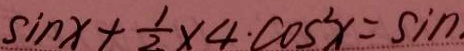
\sin x + \frac { 1 } { 2 } \times 4 \cdot \cos ^ { 2 } x = \sin